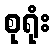
စုရုံး